Document type: Inventory
Year: 1295
Scribe: Pere Marc
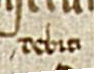
debiti